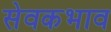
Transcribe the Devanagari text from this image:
सेवकभाव